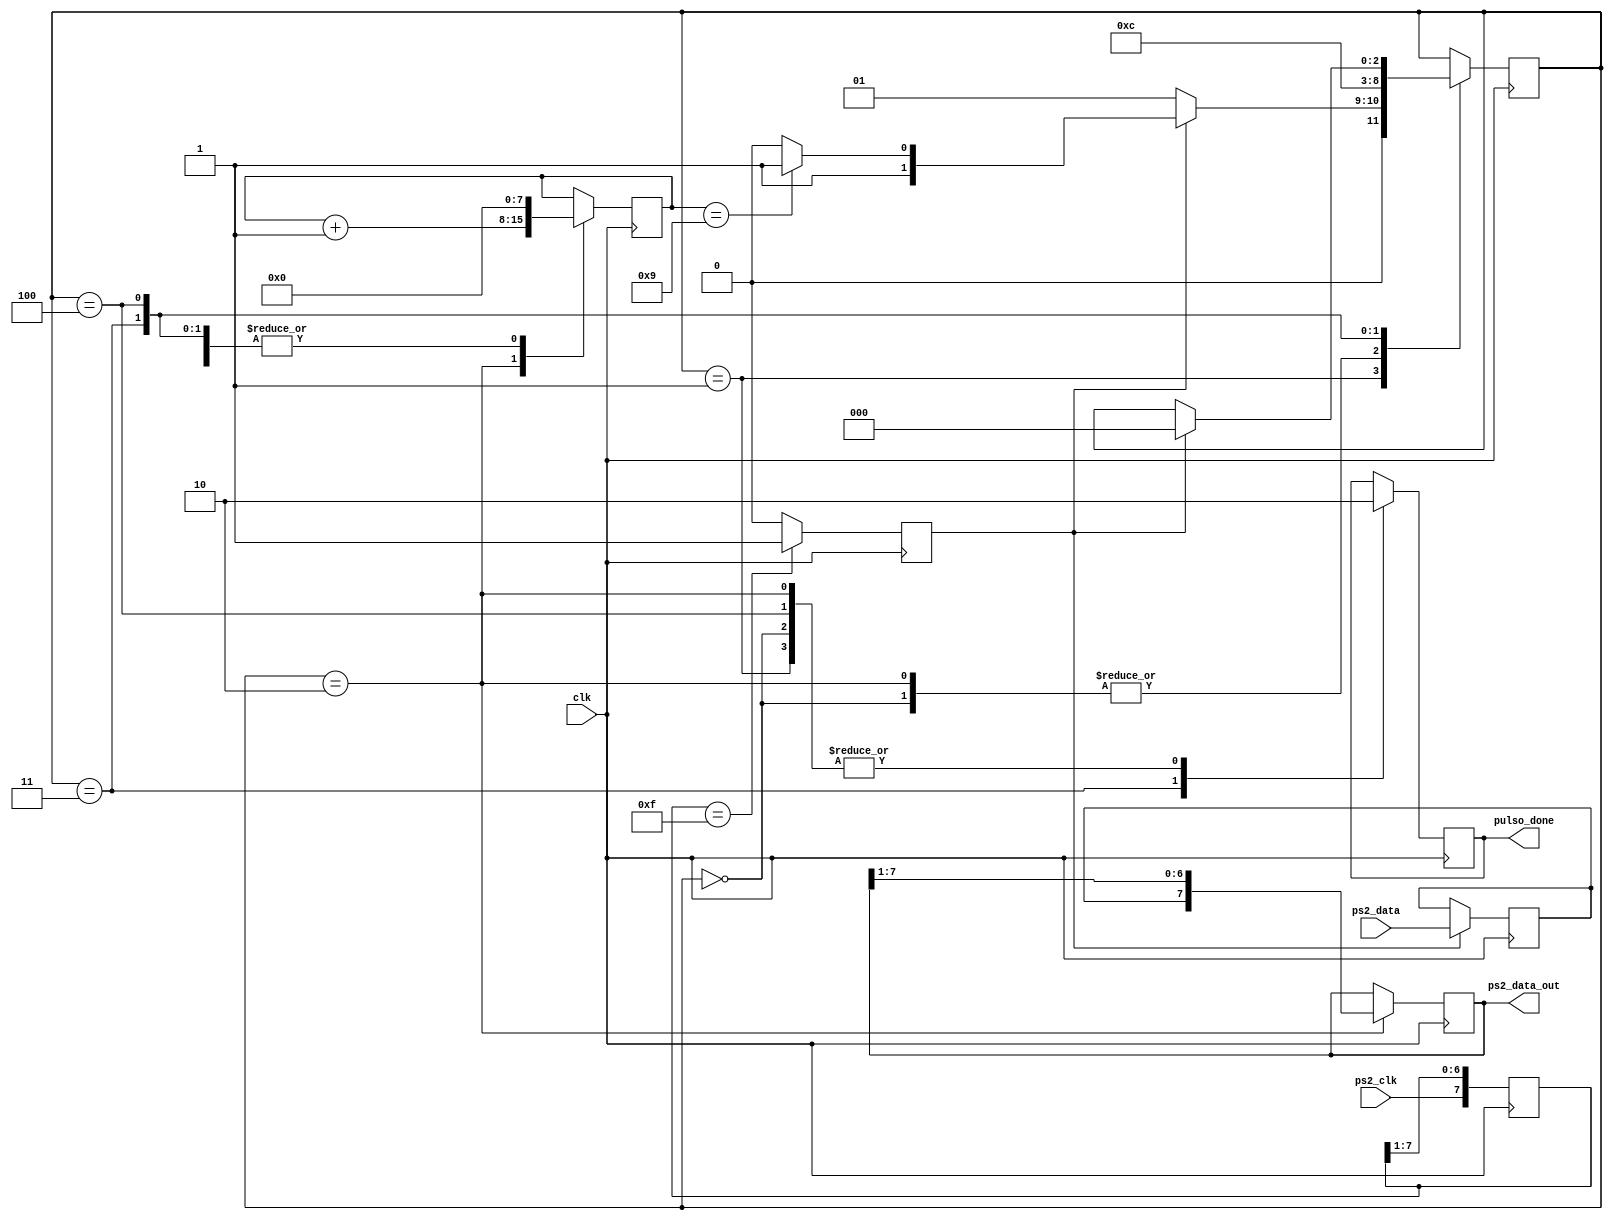
`timescale 1ns / 1ps// recibia

module Codigo1(clk, ps2_data, ps2_clk, ps2_data_out, pulso_done
    );
	 
	 input wire clk;////////////////Lo jalo 
	 input wire ps2_clk, ps2_data;/////// Lo JALO 
	 output wire [7:0] ps2_data_out;/////////Lo JALO//// Para recibirlo en la instanciacion se recibe en una variable interna tipo wire de 8 bits
	// output reg led;
	 output reg pulso_done; /////Se recibe con una variable interna de tipo wire 1 bit

	 ///output wire pulso_done; /////LO JALOOOOOOO ////// me da como 10 errores
	 
	 /////////// JALAMMOS 4 para el la otra funcion 
	 //Frecuencia del teclado 10-16,7kHz
	 //60 and 100ms como periodo
	 
	    
	 //variables del programa   
	 reg [7:0] filtro_antirebote; 
	 reg ps2_clk_negedge; 
	 reg [2:0] estado=0;   
	 reg [7:0] contador=0;
	 reg [7:0] data_p; // variable va a definir a ps2_data_out
	 reg data_in; 
	 
	 
	 localparam [2:0]
	 idle = 3'b000,
	 uno = 3'b001,
	 dos = 3'b010,
	 tres = 3'b011,
	 cuatro = 3'b100;
	
	 always @ (posedge clk) 
		 begin 
			filtro_antirebote [7:0]<= {ps2_clk, filtro_antirebote[7:1]};
		 end
			//sirve para evitar glitches, toma el flanjo cuando 00001111 
	 
	always @ (posedge clk)
		begin 
			if (filtro_antirebote == 8'b00001111)
				ps2_clk_negedge <= 1'b1;
			else
				ps2_clk_negedge <= 1'b0;
		end 
	
	always @ (posedge clk)
		begin
			if (ps2_clk_negedge)
				data_in <= ps2_data;
			else 
				data_in <= data_in;
		end
		
	 always @ (posedge clk)
		 begin 
			 case (estado)
					idle: 
						begin
							data_p <= data_p;
							contador <= 4'd0;
							pulso_done <=1'b0;
							if (ps2_clk_negedge)
								estado<= uno;
							else
								estado<= uno;	
						end
					uno: 
						begin
							data_p<=data_p;
							contador <= contador;
							pulso_done <= 1'b0;
							
							if (ps2_clk_negedge)
								begin 	
									if (contador == 4'd9)
									
										estado<=tres;
									else 	
										estado <= dos;
								end
							else 
								estado<= uno;
						end
							
					dos: 
						begin
							data_p [7:0] <= {data_in, data_p[7:1]};
							contador <=  contador +1;
							pulso_done <= 1'b0;		
							estado <= uno;
						end
							
					tres:
						begin
							estado <= cuatro;
							pulso_done <=1'b1;
						
							data_p <=data_p;
							contador <= 4'd0;
							end
					cuatro: 
						begin
							data_p <= data_p;
							contador <= 4'd0;
							pulso_done <= 1'b0;
							if (ps2_clk_negedge)
								estado <= idle;
						end
				endcase
		end
				
		assign  ps2_data_out = data_p;
				
endmodule